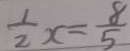
\frac { 1 } { 2 } x = \frac { 8 } { 5 }